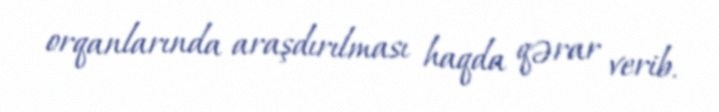
orqanlarında araşdırılması haqda qərar verib.